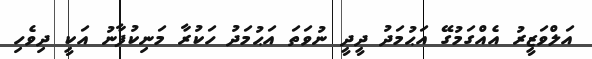
އަލްވަޒީރު އެއްގަމުގޭ އަޙުމަދު ދީދީ ނުވަތަ އަޙުމަދު ހަކުރާ މަނިކުފާނު އަކީ ދިވެހި